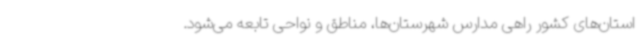
استان‌های کشور راهی مدارس شهرستان‌ها، مناطق و نواحی تابعه می‌شود.